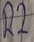
Text: R2